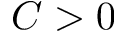
C > 0